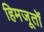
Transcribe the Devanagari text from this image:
हिमजूतों